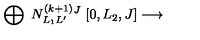
\bigoplus _ { } \ N _ { L _ { 1 } L ^ { \prime } } ^ { ( k + 1 ) } { } ^ { J } \ [ 0 , L _ { 2 } , J ] \longrightarrow \ \makebox [ 5 c m ] [ l ] { \displaystyle [ L _ { 1 } - 1 , 1 - L _ { 2 } , L ^ { \prime } ] . }